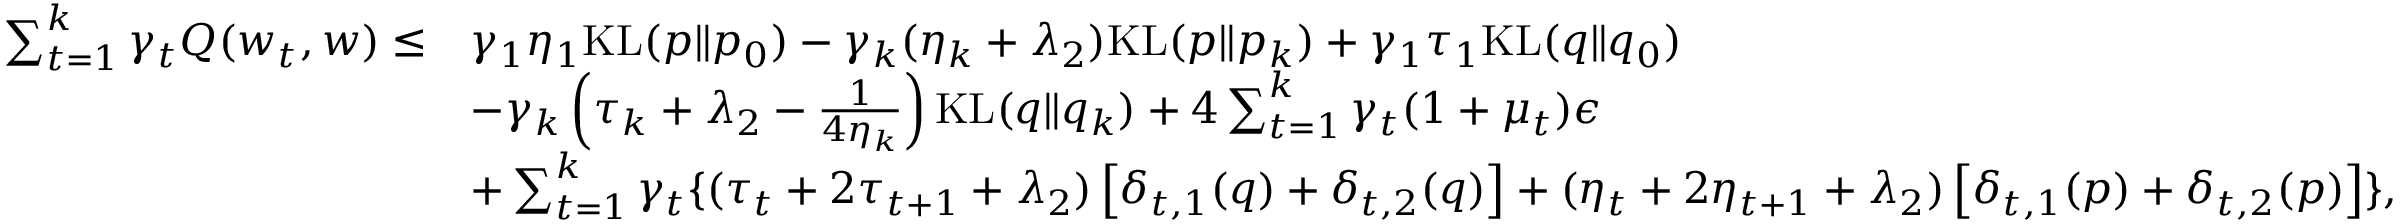
\begin{array} { r l } { \sum _ { t = 1 } ^ { k } \gamma _ { t } Q ( w _ { t } , w ) \leq } & { \gamma _ { 1 } \eta _ { 1 } \mathrm { K L } ( p \| p _ { 0 } ) - \gamma _ { k } ( \eta _ { k } + \lambda _ { 2 } ) \mathrm { K L } ( p \| p _ { k } ) + \gamma _ { 1 } \tau _ { 1 } \mathrm { K L } ( q \| q _ { 0 } ) } \\ & { - \gamma _ { k } \left( \tau _ { k } + \lambda _ { 2 } - \frac { 1 } { 4 \eta _ { k } } \right) \mathrm { K L } ( q \| q _ { k } ) + 4 \sum _ { t = 1 } ^ { k } \gamma _ { t } ( 1 + \mu _ { t } ) \epsilon } \\ & { + \sum _ { t = 1 } ^ { k } \gamma _ { t } \{ ( \tau _ { t } + 2 \tau _ { t + 1 } + \lambda _ { 2 } ) \left[ \delta _ { t , 1 } ( q ) + \delta _ { t , 2 } ( q ) \right] + ( \eta _ { t } + 2 \eta _ { t + 1 } + \lambda _ { 2 } ) \left[ \delta _ { t , 1 } ( p ) + \delta _ { t , 2 } ( p ) \right] \} , } \end{array}